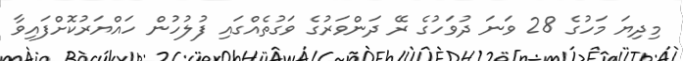
މިދިޔަ މަހުގެ 28 ވަނަ ދުވަހުގެ ރޭ ދަންވަރުގެ ވަގުތެއްގައި ފުލުހުން ހައްޔަރުކޮށްފައިވާ